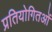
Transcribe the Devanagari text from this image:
प्रतियोगितओं